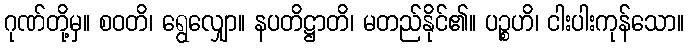
ဂုဏ်တို့မှ။ စဝတိ၊ ရွေလျှော။ နပတိဋ္ဌာတိ၊ မတည်နိုင်၏။ ပဉ္စဟိ၊ ငါးပါးကုန်သော။